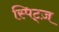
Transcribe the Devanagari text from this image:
स्पिट्ज़